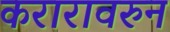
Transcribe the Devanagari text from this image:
करारावरुन